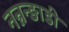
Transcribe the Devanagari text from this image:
नन्नन्ङाडी